Lunatic asylums Central Provinces reports 1886-1894 - 1886-1894
Year: 1886
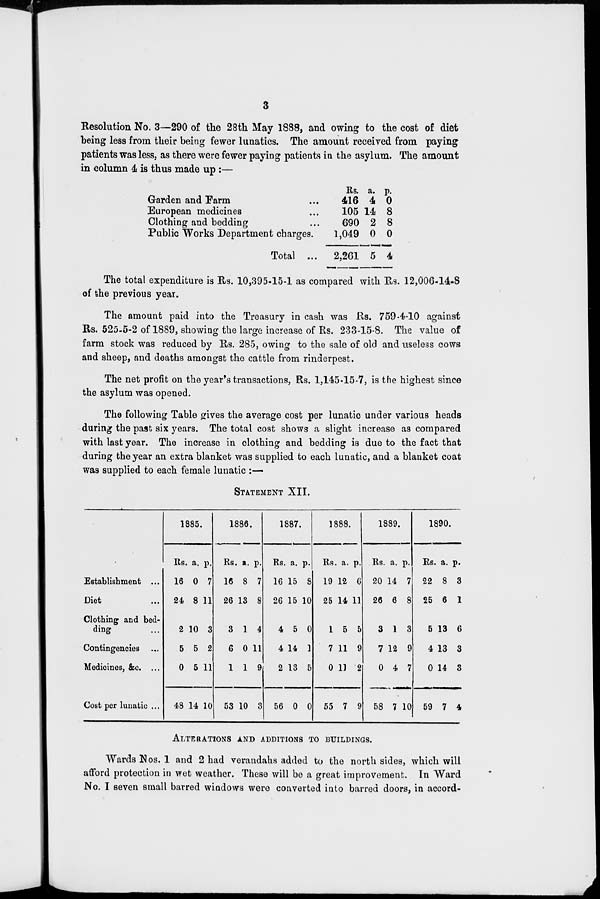
3
Resolution No. 3—290 of the 28th May 1888, and owing to the cost of diet
being less from their being fewer lunatics. The amount received from paying
patients was less, as there were fewer paying patients in the asylum. The amount
in column 4 is thus made up :—
Garden and Farm ...
European medicines ...
Clothing and bedding ...
Public Works Department charges.
Total ...
Rs.
416
105
690
1,049
2,261
a.
4
14
2
0
5
p.
0
8
8
0
4
The total expenditure is Rs. 10,395-15-1 as compared with Rs. 12,006-14-8
of the previous year.
The amount paid into the Treasury in cash was Rs. 759-4-10 against
Rs. 525-5-2 of 1889, showing the large increase of Rs. 233-15-8. The value of
farm stock was reduced by Rs. 285, owing to the sale of old and useless cows
and sheep, and deaths amongst the cattle from rinderpest.
The net profit on the year's transactions, Rs. 1,145-15-7, is the highest since
the asylum was opened.
The following Table gives the average cost per lunatic under various heads
during the past six years. The total cost shows a slight increase as compared
with last year. The increase in clothing and bedding is due to the fact that
during the year an extra blanket was supplied to each lunatic, and a blanket coat
was supplied to each female lunatic :—
STATEMENT XII.
Establishment ...
Diet ...
Clothing and bed-
ding ...
Contingencies ...
Medicines, &c. ...
Cost per lunatic ...
1885.
Rs.
16
24
2
5
0
48
a.
0
8
10
5
5
14
p
7
11
3
2
11
10
1886.
Rs.
16
26
3
6
1
53
a.
8
13
1
0
1
10
p.
7
8
4
11
9
3
1887.
Rs
16
26
4
4
2
56
a.
15
15
5
14
13
0
p.
8
10
0
1
5
0
1888.
Rs.
19
25
1
7
0
55
a.
12
14
0
11
11
7
p.
6
11
5
9
2
9
1889.
Rs.
20
26
3
7
0
58
a.
14
6
1
12
4
7
p.
7
8
3
9
7
10
1890.
Rs.
22
25
5
4
0
59
a.
8
6
13
13
14
7
p.
3
1
6
3
3
4
ALTERATIONS AND ADDITIONS TO BUILDINGS.
Wards Nos.1 and 2 had verandahs added to the north sides, which will
afford protection in wet weather. These will be a great improvement. In Ward
No. I seven small barred windows were converted into barred doors, in accord-